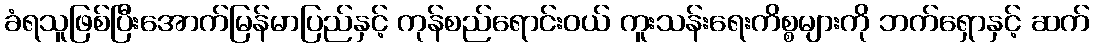
ခံရသူဖြစ်ပြီးအောက်မြန်မာပြည်နှင့် ကုန်စည်ရောင်းဝယ် ကူးသန်းရေးကိစ္စများကို ဘက်ရှောနှင့် ဆက်